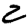
Digit: 2